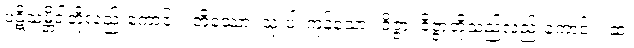
ပဋိသမ္ဘိဒါတို့လည်းကောင်း။ တိဿော၊ သုံးပါးကုန်သော။ ဝိဇ္ဇာ၊ ဝိဇ္ဇာတို့သည်လည်းကောင်း။ ဆ၊